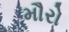
મૌરો